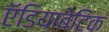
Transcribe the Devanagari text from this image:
ऍडियाबेटिक